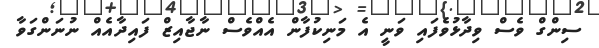
ސިންގް ވެސް ވިދާޅުވެފައި ވަނީ އެ މަނިކުފާން އެއްވެސް ނާޖާއިޒް ފައިދާއެއް ނުނަންގަވާ